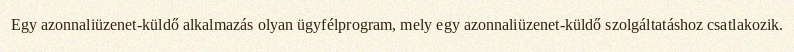
Egy azonnaliüzenet-küldő alkalmazás olyan ügyfélprogram, mely egy azonnaliüzenet-küldő szolgáltatáshoz csatlakozik.